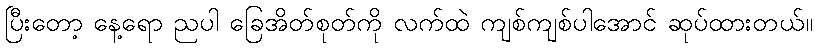
ပြီးတော့ နေ့ရော ညပါ ခြေအိတ်စုတ်ကို လက်ထဲ ကျစ်ကျစ်ပါအောင် ဆုပ်ထားတယ်။